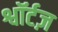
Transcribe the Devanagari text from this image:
श्वॉर्टज़